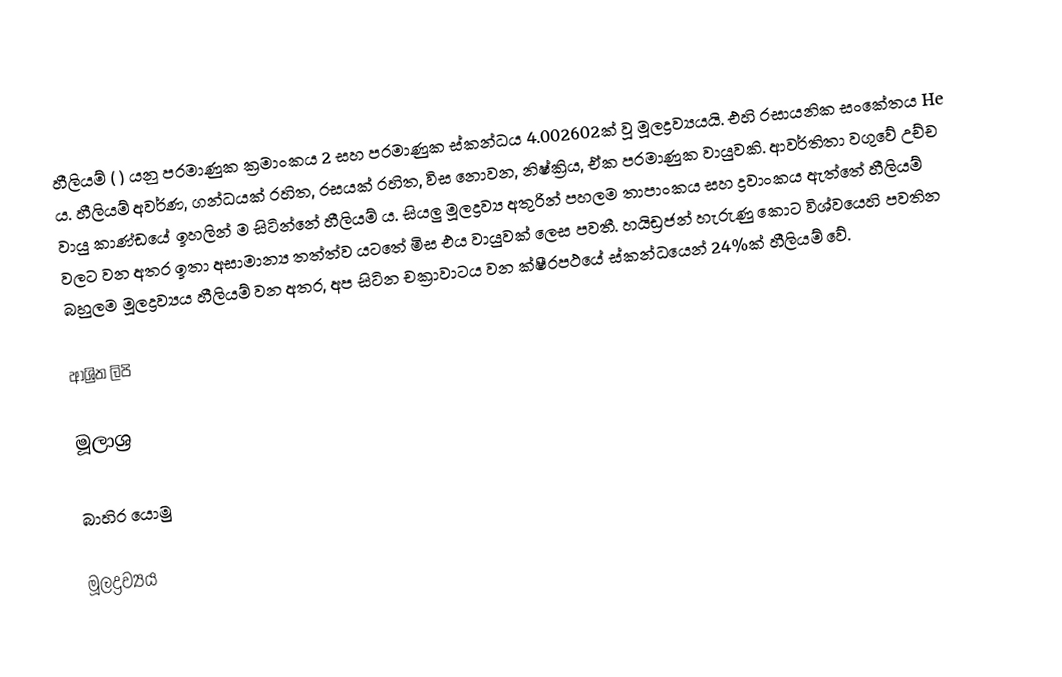
හීලියම් ( ) යනු පරමාණුක ක්‍රමාංකය 2 සහ පරමාණුක ස්කන්ධය 4.002602ක් වූ මූලද්‍රව්‍යයයි. එහි රසායනික සංකේතය He ය. හීලියම් අවර්ණ, ගන්ධයක් රහිත, රසයක් රහිත, විස නොවන, නිෂ්ක්‍රිය, ඒක පරමාණුක වායුවකි. ආවර්තිතා වගුවේ උච්ච වායු කාණ්‍ඩයේ ඉහලින් ම සිටින්නේ හීලියම් ය. සියලු මූලද්‍රව්‍ය අතුරින් පහලම තාපාංකය සහ ද්‍රවාංකය ඇත්තේ හීලියම් වලට වන අතර ඉතා අසාමාන්‍ය තත්ත්ව යටතේ මිස එය වායුවක් ලෙස පවතී. හයිඩ්‍රජන් හැරුණු කොට විශ්‍වයෙහි පවතින බහුලම මූලද්‍රව්‍යය හීලියම් වන අතර, අප සිටින චක්‍රාවාටය වන ක්ෂීරපථයේ ස්කන්ධයෙන් 24%ක් හීලියම් වේ.

ආශ්‍රිත ලිපි

මූලාශ්‍ර

බාහිර යොමු

මූලද්‍රව්‍යය